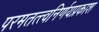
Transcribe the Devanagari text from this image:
परमतत्त्वनिर्णयप्रकाश